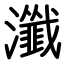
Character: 瀸